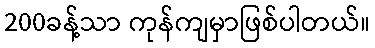
200ခန့်သာ ကုန်ကျမှာဖြစ်ပါတယ်။